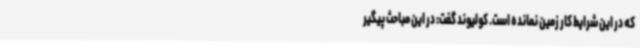
که در این شرایط کار زمین نمانده است. کولیوند گفت: در این مباحث پیگیر